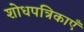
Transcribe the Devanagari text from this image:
शोधपत्रिकाएँ